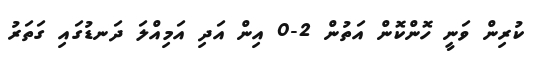
ކުރިން ވަނީ ހޮންކޮން އަތުން 2-0 އިން އަދި އަމިއްލަ ދަނޑުގައި ގަތަރު